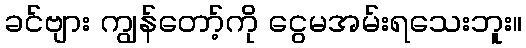
ခင်ဗျား ကျွန်တော့်ကို ငွေမအမ်းရသေးဘူး။